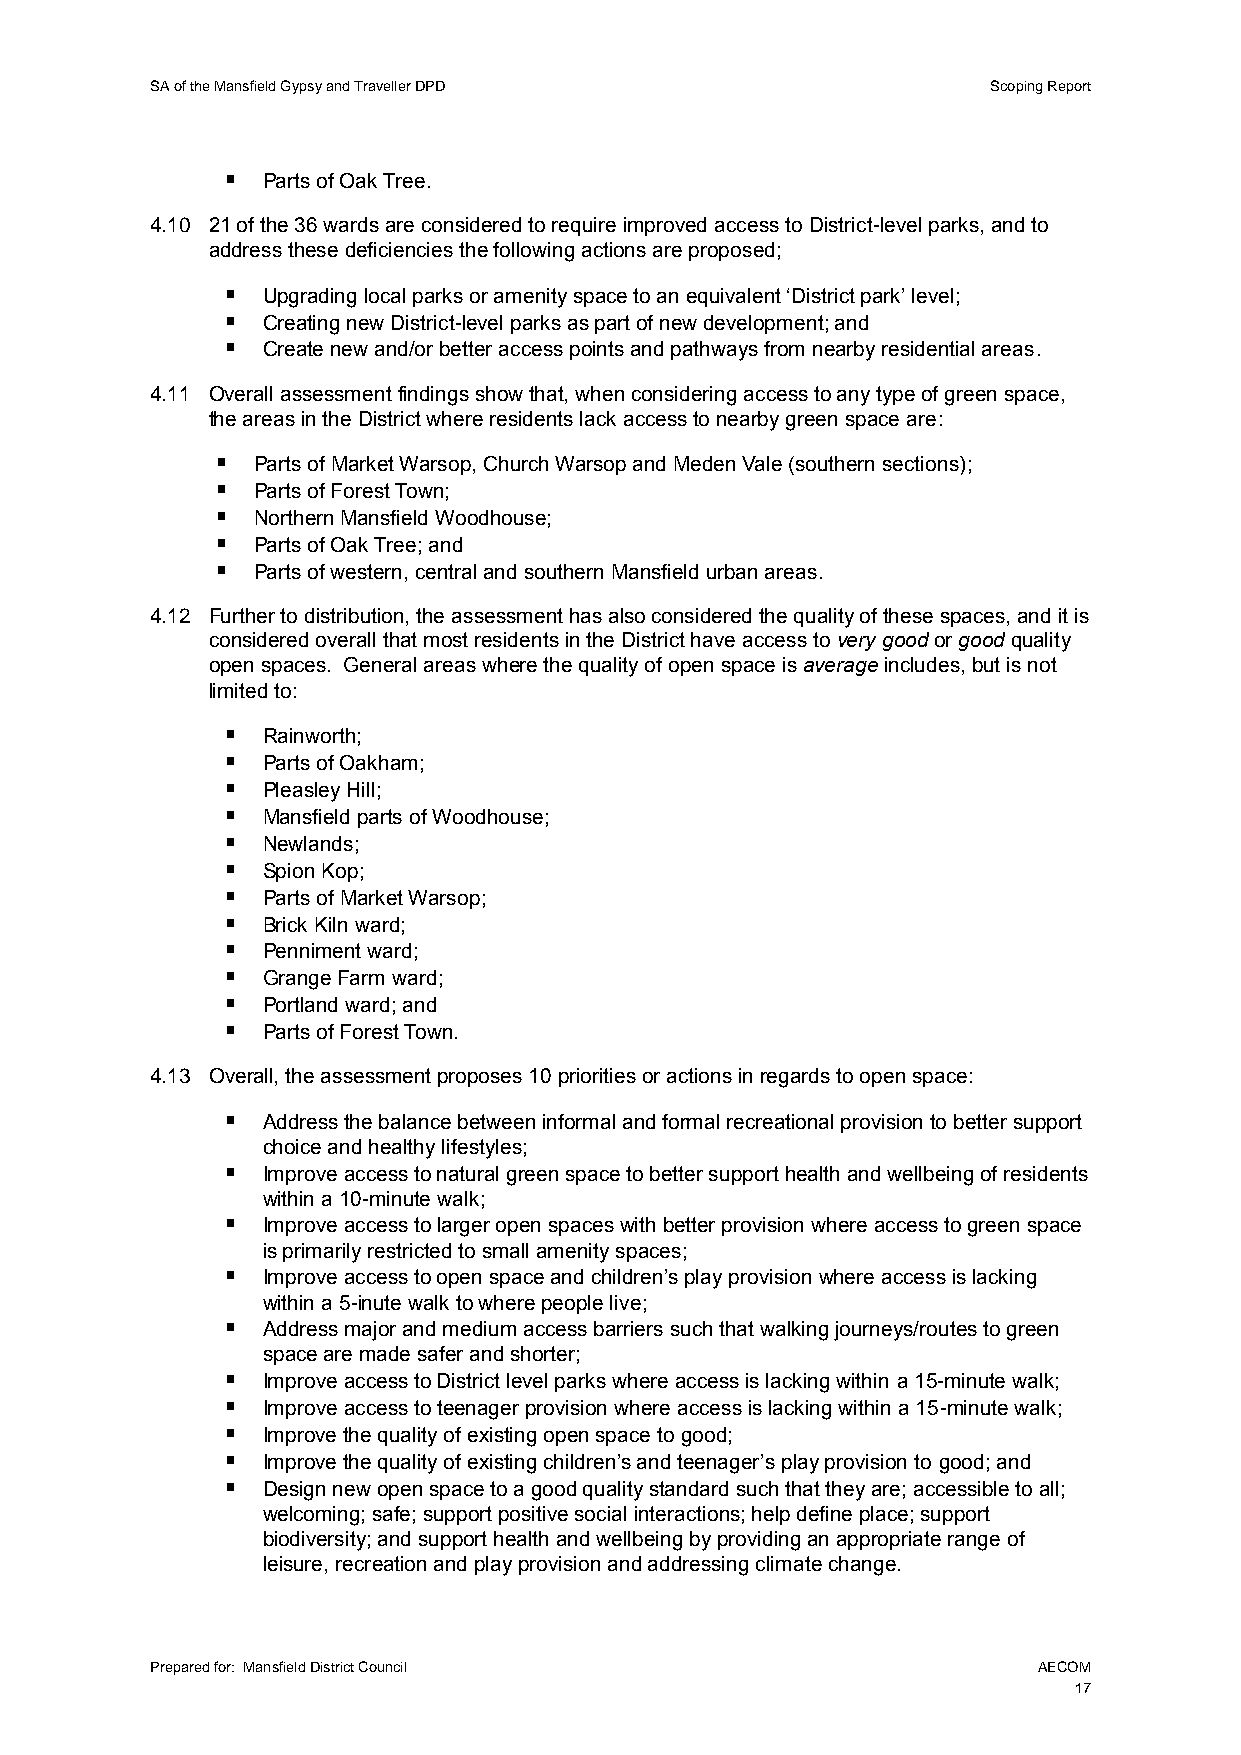
SA of the Mansfield Gypsy and Traveller DPD             Scoping Report
  Parts of Oak Tree.
 4.10 21 of the 36 wards are considered to require improved access to District-level parks, and to
 address these deficiencies the following actions are proposed;
  Upgrading local parks or amenity space to an equivalent ‘District park’ level;
  Creating new District-level parks as part of new development; and
  Create new and/or better access points and pathways from nearby residential areas.
 4.11 Overall assessment findings show that, when considering access to any type of green space,
 the areas in the District where residents lack access to nearby green space are:
   Parts of Market Warsop, Church Warsop and Meden Vale (southern sections);
   Parts of Forest Town;
   Northern Mansfield Woodhouse;
   Parts of Oak Tree; and
   Parts of western, central and southern Mansfield urban areas.
 4.12 Further to distribution, the assessment has also considered the quality of these spaces, and it is
 considered overall that most residents in the District have access to very good or good quality
 open spaces. General areas where the quality of open space is average includes, but is not
 limited to:
  Rainworth;
  Parts of Oakham;
  Pleasley Hill;
  Mansfield parts of Woodhouse;
  Newlands;
  Spion Kop;
  Parts of Market Warsop;
  Brick Kiln ward;
  Penniment ward;
  Grange Farm ward;
  Portland ward; and
  Parts of Forest Town.
 4.13 Overall, the assessment proposes 10 priorities or actions in regards to open space:
  Address the balance between informal and formal recreational provision to better support
 choice and healthy lifestyles;
  Improve access to natural green space to better support health and wellbeing of residents
 within a 10-minute walk;
  Improve access to larger open spaces with better provision where access to green space
 is primarily restricted to small amenity spaces;
  Improve access to open space and children’s play provision where access is lacking
 within a 5-inute walk to where people live;
  Address major and medium access barriers such that walking journeys/routes to green
 space are made safer and shorter;
  Improve access to District level parks where access is lacking within a 15-minute walk;
  Improve access to teenager provision where access is lacking within a 15-minute walk;
  Improve the quality of existing open space to good;
  Improve the quality of existing children’s and teenager’s play provision to good; and
  Design new open space to a good quality standard such that they are; accessible to all;
 welcoming; safe; support positive social interactions; help define place; support
 biodiversity; and support health and wellbeing by providing an appropriate range of
 leisure, recreation and play provision and addressing climate change.
 Prepared for: Mansfield District Council                   AECOM
 17